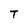
Character: T